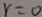
r = 0